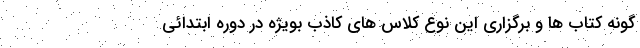
گونه کتاب ها و برگزاری این نوع کلاس های کاذب بویژه در دوره ابتدائی